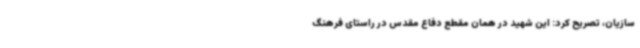
سازیان، تصریح کرد: این شهید در همان مقطع دفاع مقدس در راستای فرهنگ